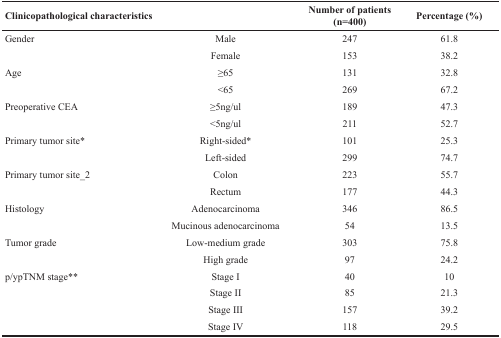
<table><thead><tr><td colspan="2"><b>Clinicopathological characteristics</b></td><td><b>Number of patients (n=400)</b></td><td><b>Percentage (%)</b></td></tr></thead><tbody><tr><td>Gender</td><td>Male</td><td>247</td><td>61.8</td></tr><tr><td></td><td>Female</td><td>153</td><td>38.2</td></tr><tr><td>Age</td><td>≥65</td><td>131</td><td>32.8</td></tr><tr><td></td><td>&lt;65</td><td>269</td><td>67.2</td></tr><tr><td>Preoperative CEA</td><td>≥5ng/ul</td><td>189</td><td>47.3</td></tr><tr><td></td><td>&lt;5ng/ul</td><td>211</td><td>52.7</td></tr><tr><td>Primary tumor site*</td><td>Right-sided*</td><td>101</td><td>25.3</td></tr><tr><td></td><td>Left-sided</td><td>299</td><td>74.7</td></tr><tr><td>Primary tumor site_2</td><td>Colon</td><td>223</td><td>55.7</td></tr><tr><td></td><td>Rectum</td><td>177</td><td>44.3</td></tr><tr><td>Histology</td><td>Adenocarcinoma</td><td>346</td><td>86.5</td></tr><tr><td></td><td>Mucinous adenocarcinoma</td><td>54</td><td>13.5</td></tr><tr><td>Tumor grade</td><td>Low-medium grade</td><td>303</td><td>75.8</td></tr><tr><td></td><td>High grade</td><td>97</td><td>24.2</td></tr><tr><td>p/ypTNM stage**</td><td>Stage I</td><td>40</td><td>10</td></tr><tr><td></td><td>Stage II</td><td>85</td><td>21.3</td></tr><tr><td></td><td>Stage III</td><td>157</td><td>39.2</td></tr><tr><td></td><td>Stage IV</td><td>118</td><td>29.5</td></tr></tbody></table>